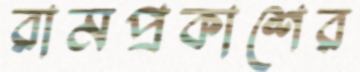
রামপ্রকাশের